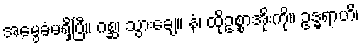
အမွေခံမရှိပြီ။ ဂစ္ဆ၊ သွားချေ။ နံ၊ ထိုဥစ္စာအိုးကို။ ဥဒ္ဓရာဟိ၊